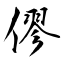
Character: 僇